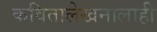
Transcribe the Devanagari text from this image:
कवितालेखनालाही